Lunatic asylums in Bengal annual reports 1888-1898 - 1888-1898
Year: 1888
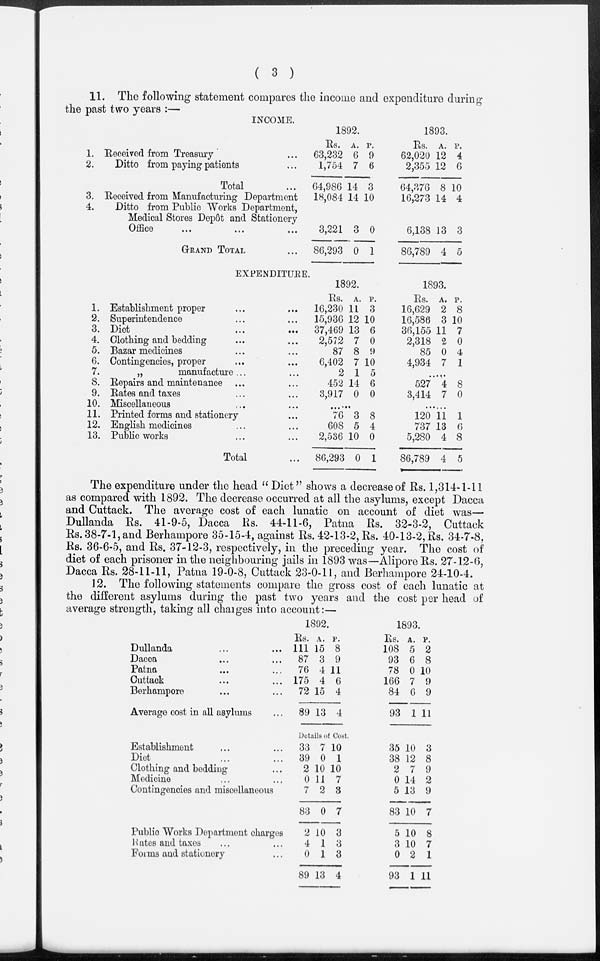
( 3 )
11. The following statement compares the income and expenditure during
the past two years :—
INCOME.
1.
2.
Received from Treasury ...
Ditto from paying patients ...
Total ...
3.
4.
Received from Manufacturing Department
Ditto from Public Works Department,
Medical Stores Depôt and Stationery
Office ... ... ...
GRAND TOTAL ...
1892.
Rs.
63,232
1,754
64,986
18,084
3,221
86,293
A.
6
7
14
14
3
0
P.
9
6
3
10
0
1
1893.
Rs.
62,020
2,355
64,376
16,273
6,138
86,789
A.
12
12
8
14
13
4
P.
4
6
10
4
3
5
EXPENDITURE.
1.
2.
3.
4.
5.
6.
7.
8.
9.
10.
11.
12.
13.
Establishment proper ... ...
Superintendence ... ...
Diet
...
...
Clothing and bedding ... ...
Bazar medicines ... ...
Contingencies, proper ... ...
„
manufacture ... ...
Repairs and maintenance ... ...
Rates and taxes ... ...
Miscellaneous... ...
Printed forms and stationery ...
English medicines ... ...
Public works ... ...
Total ...
1892.
Rs.
16,230
15,936
37,469
2,572
87
6,402
2
452
3,917
......
76
608
2,536
86,293
A.
11
12
13
7
8
7
1
14
0
P.
3
10
6
0
9
10
5
6
0
......
3
5
10
0
8
4
0
1
1893.
Rs.
16,629
16,586
36,155
2,318
85
4,934
......
527
3,414
......
120
737
5,280
86,789
A.
2
3
11
2
0
7
P.
8
10
7
0
4
1
......
4
7
8
0
......
11
13
4
4
1
6
8
5
The expenditure under the head " Diet" shows a decrease of Rs. 1,314-1-11
as compared with 1892. The decrease occurred at all the asylums, except Dacca
and Cuttack. The average cost of each lunatic on account of diet was—
Dullanda Rs. 41-9-5, Dacca Rs. 44-11-6, Patna Rs. 32-3-2, Cuttack
Rs. 38-7-1, and Berhampore 35-15-4, against Rs. 42-13-2, Rs. 40-13-2, Rs. 34-7-8,
Rs. 36-6-5, and Rs. 37-12-3, respectively, in the preceding year. The cost of
diet of each prisoner in the neighbouring jails in 1893 was—Alipore Rs. 27-12-6,
Dacca Rs. 28-11-11, Patna 19-0-8, Cuttack 23-0-11, and Berhampore 24-10-4.
12. The following statements compare the gross cost of each lunatic at
the different asylums during the past two years and the cost per head of
average strength, taking all charges into account:—
Dullanda ... ...
Dacca
...
...
Patna ... ...
Cuttack ... ...
Berhampore ... ...
Average cost in all asylums ...
1892.
Rs.
111
87
76
175
72
89
A.
15
3
4
4
15
13
P.
8
9
11
6
4
4
1893.
Rs.
108
93
78
166
84
93
A.
5
6
0
7
6
1
P.
2
8
10
9
9
11
Establishment ... ...
Diet ... ...
Clothing and bedding ...
Medicine ... ...
Contingencies and miscellaneous
Public Works Department charges
Rates and taxes ... ...
Forms and stationery ...
Details of Cost.
33
39
2
0
7
83
2
4
0
89
7
0
10
11
2
0
10
1
1
13
10
1
10
7
3
7
3
3
3
4
35
38
2
0
5
83
5
3
0
93
10
12
7
14
13
10
10
10
2
1
3
8
9
2
9
7
8
7
1
11